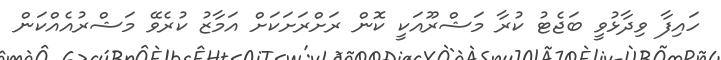
ހައިފާ ވިދާޅުވީ ބަޖެޓު ކުރާ މަޝްރޫއަކީ ކޮން ރަށްރަށަކަށް އަމާޒު ކުރެވޭ މަޝްރުއެއްކަން